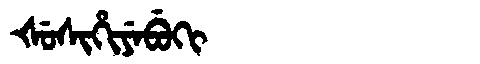
Manchu: ᡧᡠᠰᡳᡥᡳᠶᡝᠪᡠᡴᡳ
Romanization: ŠUSIHIYEBUKI